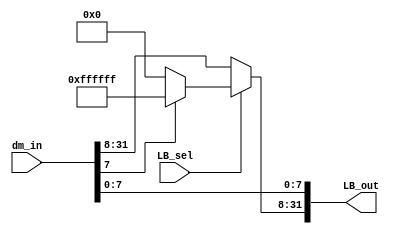
module LB_module(dm_in, LB_out, LB_sel);
    input [31:0]dm_in;
    input LB_sel;
    output [31:0]LB_out;
    reg [31:0]LB_out;
    
    always @ (*)
        if(LB_sel)
          begin
            LB_out[31:8] = (dm_in[7] == 1) ? 24'hffffff : 24'h000000;
            LB_out[7:0] = dm_in[7:0];
          end
        else LB_out = dm_in; 
endmodule